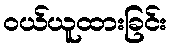
ဝယ်ယူထားခြင်း